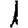
Digit: 1